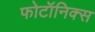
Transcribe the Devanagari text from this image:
फोटॉनिक्स